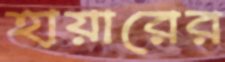
হায়ারের